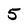
Character: 5